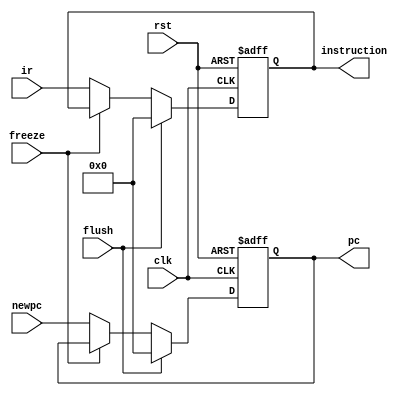
module if_stage_reg(input clk,rst,freeze,flush,input[31:0]newpc,
ir,output reg [31:0]pc,instruction);

always @(posedge clk , posedge rst )begin 
	if (rst)begin 
	pc<=32'd4;
	instruction<=32'd0;
	end
	else if(flush)begin 
	instruction<=32'b0;
	pc<=32'd0;
	end 
	else if (~freeze) begin 
	pc<=newpc;
	instruction<=ir;
	end 
end
endmodule